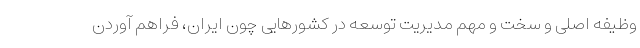
وظیفه اصلی و سخت و مهم مدیریت توسعه در کشورهایی چون ایران، فراهم آوردن